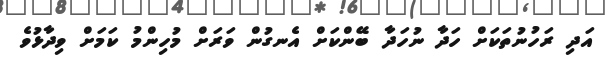
އަދި ރަހުނުތަކަށް ހަދާ ނުހަދާ ބޭންކަށް އެނގުން ވަރަށް މުހިންމު ކަމަށް ވިދާޅުވެ